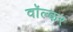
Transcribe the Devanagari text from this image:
वॉल्कर